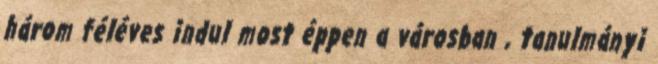
három féléves indul most éppen a városban , tanulmányi